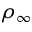
\rho _ { \infty }